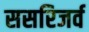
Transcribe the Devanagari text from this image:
ससरिजर्व